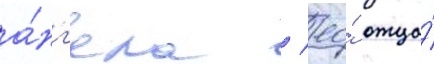
а́нг'ела / ео́ отца́